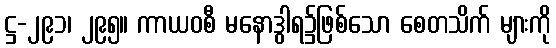
ဋ္ဌ-၂၉၁၊ ၂၉၅။ ကာယဝစီ မနောဒွါရ၌ဖြစ်သော စေတသိက် များကို